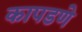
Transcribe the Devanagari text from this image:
कापडणे